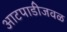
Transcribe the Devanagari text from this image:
आटपाडीजवळ